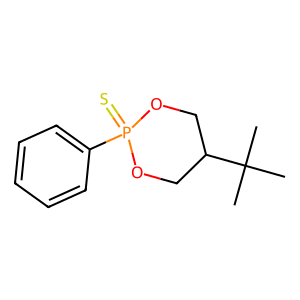
SMILES: CC(C)(C)C1COP(=S)(c2ccccc2)OC1
Inhibits HIV replication: No